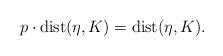
LaTeX: \begin{align*}p\cdot {\rm dist}(\eta,K)={\rm dist}(\eta,K).\end{align*}